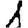
Digit: 1